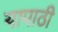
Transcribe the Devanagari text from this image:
यापाठी